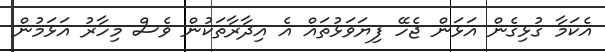
އެކަމާ ގުޅިގެން އަޅަން ޖެހޭ ފިޔަވަޅުތައް އެ އިދާރާތަކުން ވެސް މިހާރު އަޅަމުން